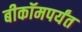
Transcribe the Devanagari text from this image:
बीकॉमपर्यंत